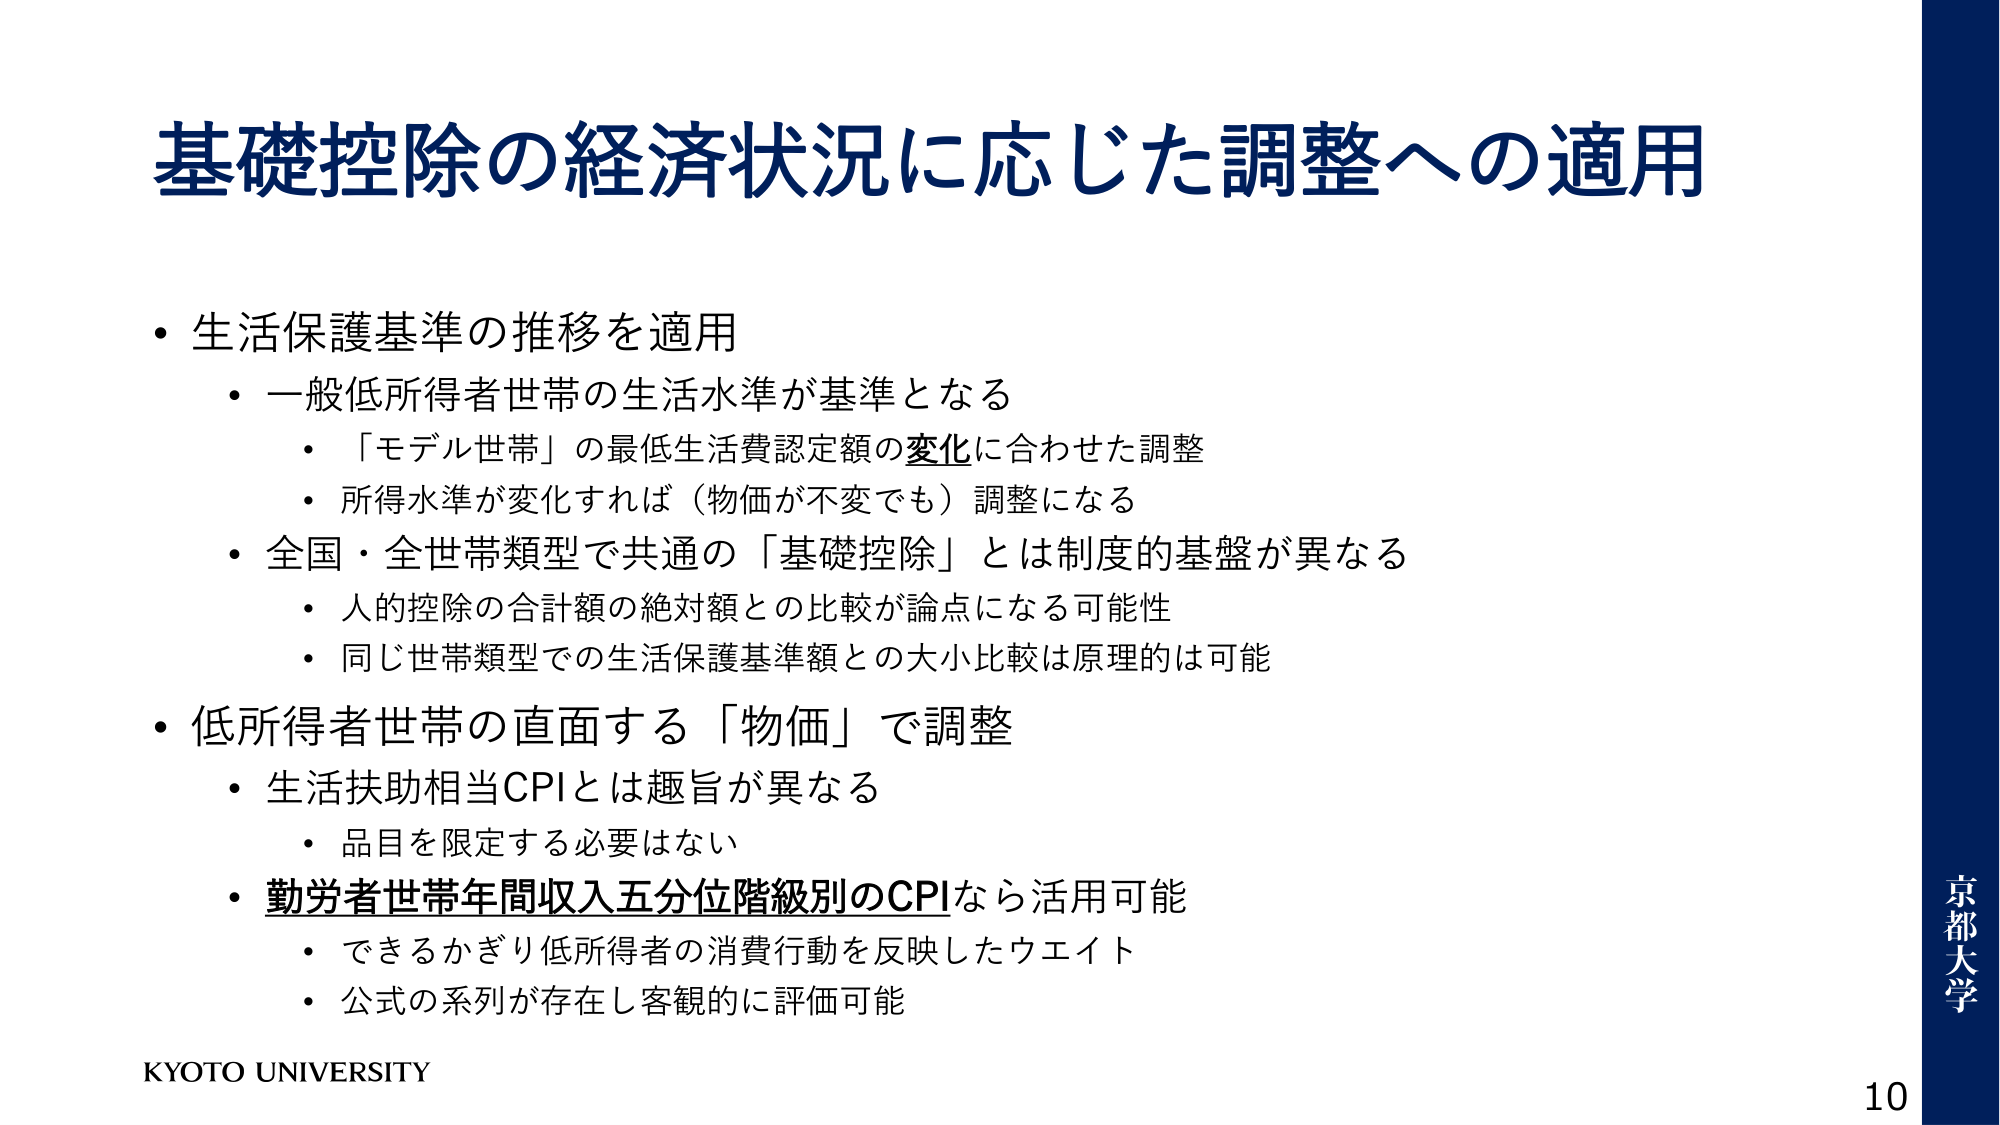
基礎控除の経済状況に応じた調整への適用

・生活保護基準の推移を適用
　・一般低所得者世帯の生活水準が基準となる
　　・「モデル世帯」の最低生活費認定額の変化に合わせた調整
　　・所得水準が変化すれば（物価が不変でも）調整になる
　・全国・全世帯類型で共通の「基礎控除」とは制度的基盤が異なる
　　・人的控除の合計額の絶対額との比較が論点になる可能性
　　・同じ世帯類型での生活保護基準額との大小比較は原理的には可能

・低所得者世帯の直面する「物価」で調整
　・生活扶助相当CPIとは趣旨が異なる
　　・品目を限定する必要はない
　・勤労者世帯年間収入五分位階級別のCPIなら活用可能
　　・できるかぎり低所得者の消費行動を反映したウエイト
　　・公式の系列が存在し客観的に評価可能

KYOTO UNIVERSITY

京都大学
10